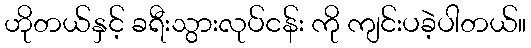
ဟိုတယ်နှင့် ခရီးသွားလုပ်ငန်း ကို ကျင်းပခဲ့ပါတယ်။